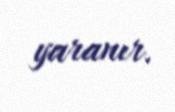
yaranır.